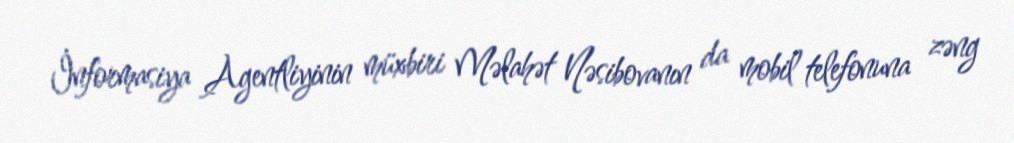
İnformasiya Agentliyinin müxbiri Məlahət Nəsibovanın da mobil telefonuna zəng